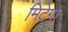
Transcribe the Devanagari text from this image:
मिटेगा